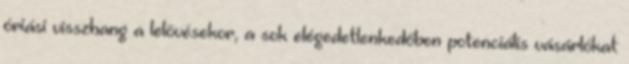
óriási visszhang a lelövésekor, a sok elégedetlenkedőben potenciális vásárlókat